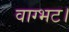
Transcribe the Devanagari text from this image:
वाग्भट।